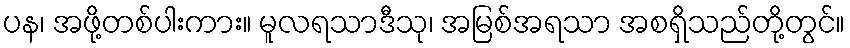
ပန၊ အဖို့တစ်ပါးကား။ မူလရသာဒီသု၊ အမြစ်အရသာ အစရှိသည်တို့တွင်။